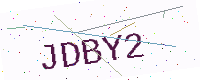
Text: JDBY2